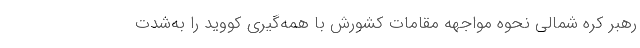
رهبر کره شمالی نحوه مواجهه مقامات کشورش با همه‌گیری کووید را به‌شدت